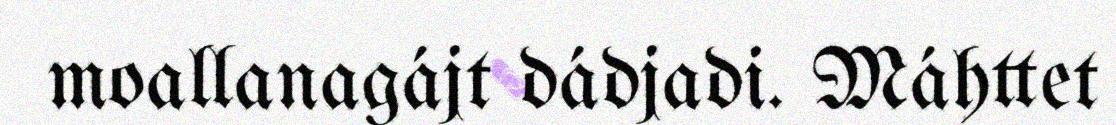
moallanagájt dádjadi. Máhttet